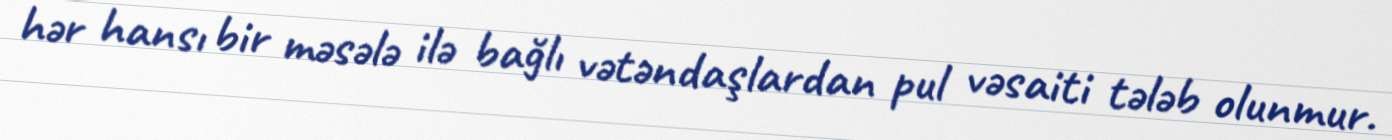
hər hansı bir məsələ ilə bağlı vətəndaşlardan pul vəsaiti tələb olunmur.